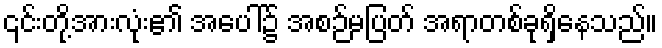
၎င်းတို့အားလုံး၏ အပေါ်၌ အစဉ်မပြတ် အရာတစ်ခုရှိနေသည်။